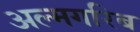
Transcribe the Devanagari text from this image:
अल्मगरिब